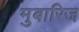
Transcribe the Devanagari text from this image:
मुबारिज